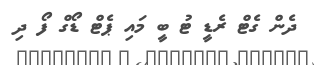
ދެން ގެޓް ރެޑީ ޓު ބީ މައި ޕެޓް ޑޯގް ފޯ ދި